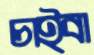
চাইবা